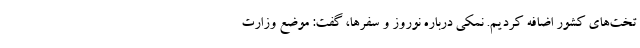
تخت‌های کشور اضافه کردیم. نمکی درباره نوروز و سفرها، گفت: موضع وزارت